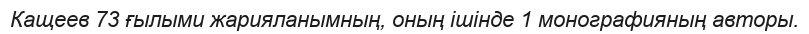
Кащеев 73 ғылыми жарияланымның, оның ішінде 1 монографияның авторы.